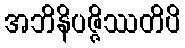
အဘိနိပဇ္ဇိဿတိပိ